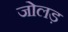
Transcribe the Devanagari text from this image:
जोलड़